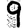
Digit: 9